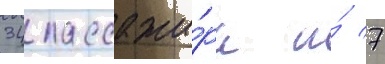
34 пассажи́ра и́ 7